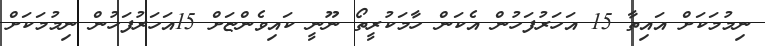
ނިމުމަކަށް އައިތާ 15 އަހަރުފަހުން އެކަން ހާމަކުރީތޯ ނޫނީ ކައިވެންޏަށް 15އަހަރުފަހުން ނިމުމަކަށް